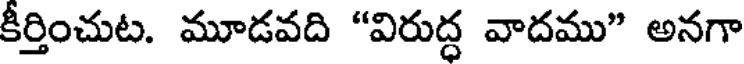
కీర్తించుట. మూడవది "విరుద్ధ వాదము" అనగా